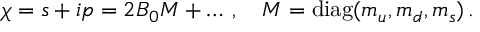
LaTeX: \chi = s + i p = 2 B _ { 0 } { \cal M } + \ldots \, , \quad { \cal M } = \mathrm { d i a g } ( m _ { u } , m _ { d } , m _ { s } ) \, .